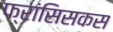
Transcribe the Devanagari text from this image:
फ्रांसिसकस